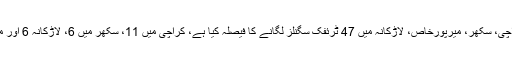
انہوں نے مزید کہا کہ سندھ حکومت کا کراچی، سکھر، میرپورخاص، لاڑکانہ میں 47 ٹرئفک سگنلز لگانے کا فیصلہ کیا ہے، کراچی میں 11، سکھر میں 6، لاڑکانہ 6 اور میرپورخاص میں 5 نئیں سگنل لگارہے ہیں۔